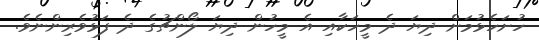
ހުށަހެޅުމަށް ދިޔަ ދެ މީހަކާއި އެ މީހުން ދިޔަ ލޯންޗުގެ ދެ ފަޅުވެރިންނެވެ.